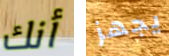
أنك يجهز